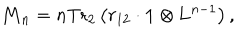
\mathrm { { \bf M } } _ { n } = n \mathrm { T r } _ { 2 } \left( r _ { 1 2 } \cdot \mathrm { { \bf 1 } } \otimes \mathrm { { \bf L } } ^ { n - 1 } \right) ,